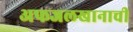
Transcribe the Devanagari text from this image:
अफजलखानाची